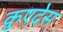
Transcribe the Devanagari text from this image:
कुएदेस